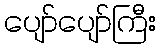
ပျော်ပျော်ကြီး